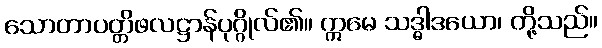
သောတာပတ္တိဖလဋ္ဌာန်ပုဂ္ဂိုလ်၏။ ဣမေ သဒ္ဓါဒယော၊ တို့သည်။